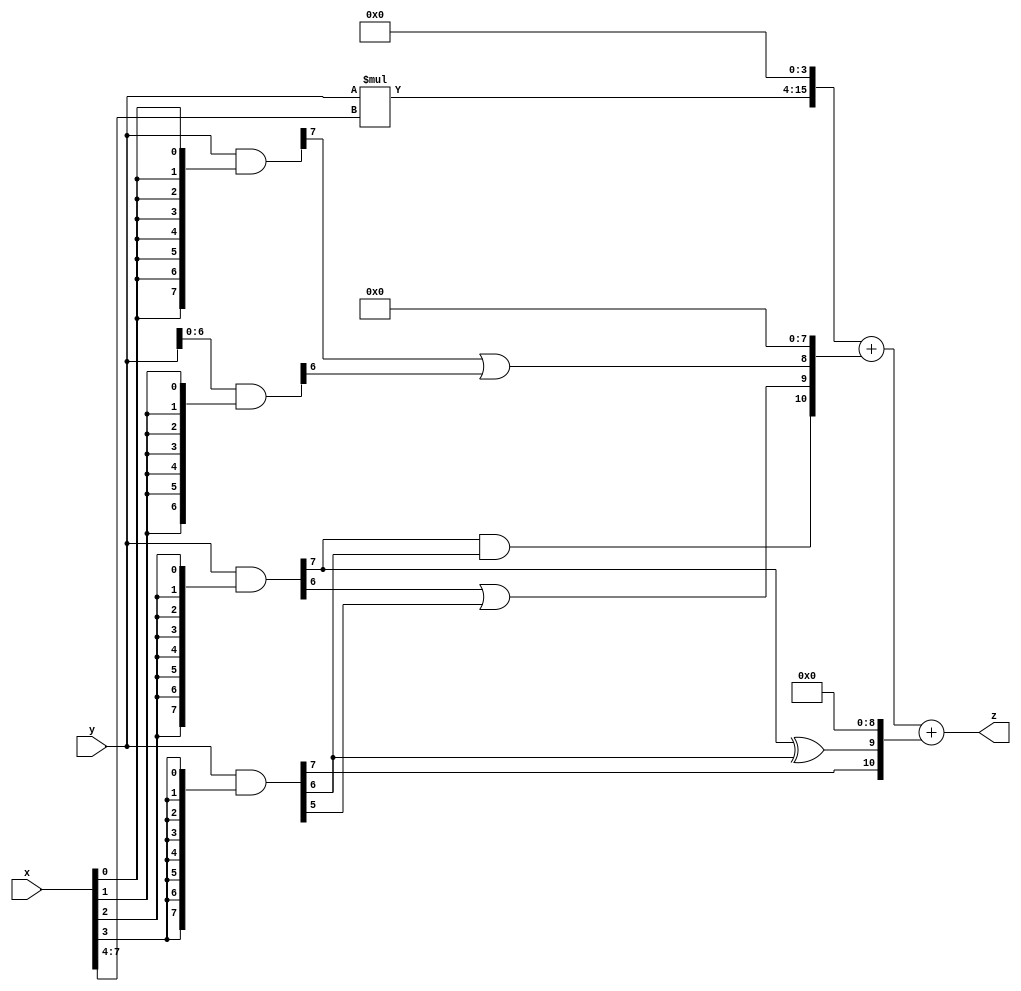
// terms: 5
// fval:  205042.25

module unsigned_8x8_l4_lamb30000_7 (
	input [7:0] x,
	input [7:0] y,
	output [15:0] z
);

wire [11:0] tmp_z = y*x[7:4];

wire [7:0] part1 =  y & {8{x[0]}};
wire [7:0] part2 =  y & {8{x[1]}};
wire [7:0] part3 =  y & {8{x[2]}};
wire [7:0] part4 =  y & {8{x[3]}};

wire [10:0] new_part1;
assign new_part1[0] = 0;
assign new_part1[1] = 0;
assign new_part1[2] = 0;
assign new_part1[3] = 0;
assign new_part1[4] = 0;
assign new_part1[5] = 0;
assign new_part1[6] = 0;
assign new_part1[7] = 0;
assign new_part1[8] = part1[7] | part2[6];
assign new_part1[9] = part3[6] | part4[5];
assign new_part1[10] = part3[7] & part4[6];

wire [10:0] new_part2;
assign new_part2[0] = 0;
assign new_part2[1] = 0;
assign new_part2[2] = 0;
assign new_part2[3] = 0;
assign new_part2[4] = 0;
assign new_part2[5] = 0;
assign new_part2[6] = 0;
assign new_part2[7] = 0;
assign new_part2[8] = 0;
assign new_part2[9] = part3[7] ^ part4[6];
assign new_part2[10] = part4[7];

assign z = {tmp_z, 4'd 0} + new_part1 + new_part2;
endmodule